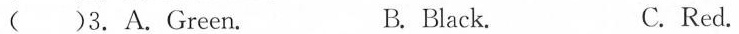
()3. A.Green. B. Black. C. Red.